Vital statistics of India. Vol. VI, European troops 1870-79
Year: 1870
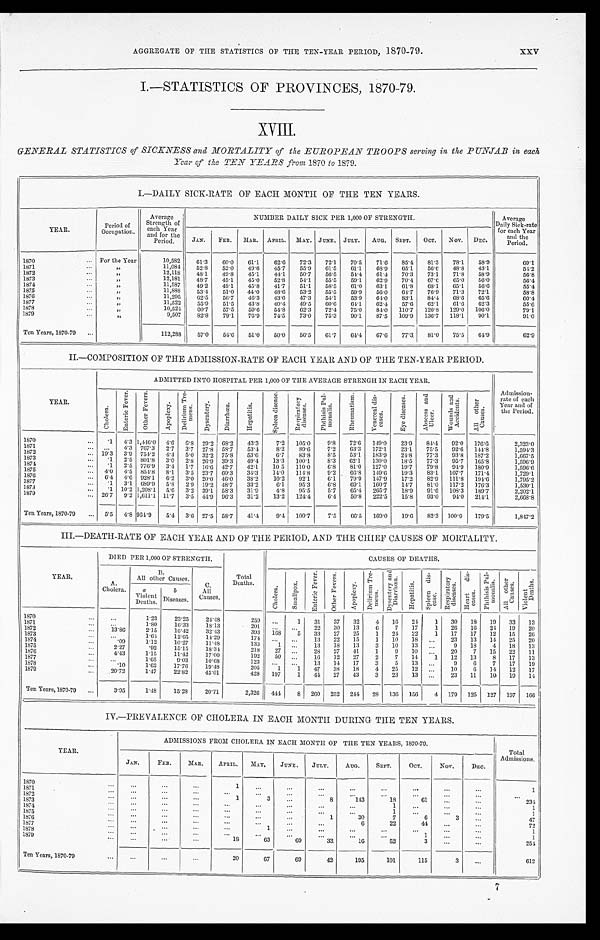
AGGREGATE OF THE STATISTICS OF THE TEN-YEAR PERIOD, 1870-79.
XXV
I.—STATISTICS OF PROVINCES, 1870-79.
X V I I I .
GENERAL STATISTICS of SICKNESS and MORTALITY of the EUROPEAN TROOPS serving in the PUNJAB in each
Y e a r o f t h e T E N Y E A R S f r o m1
8 7 0
t o
1 8 7 9 .
I.—DAILY SICK-RATE OF EACH MONTH OF THE TEN YEARS.
YEAR.
Period of
Occupation.
Average
Strength of
each Year
and for the
Period.
NUMBER DAILY SICK PER 1,000 OF STRENGTH.
Average
Daily Sick-rate
for each Year
a n d t h e
Period.
JAN. FEB. MAR. APRIL. MAY. JUNE. JULY. AUG. SEPT. OCT. NOV.
DEC.
1870
For the Year
10, 582
61.3 60. 0
61.1 62.6 72. 3
72. 1
70.5 71. 6
85. 4
81.3 78. 1
5 8 . 9
69.1
1871
, ,
11,084
52. 8
52. 0
49.6 45.7 55.9 61.5 61.1 68.9 65.1 56. 6
48. 8
43.1
5 4 . 2
1872
, ,
12,118 48.1 49. 8
45.1 44.1 50.7 5 6 . 5
5 4 . 4
61.4 70. 3
73.1 71.8 58.9
56. 8
1873
, ,
12,181 48. 7
45.1 45.0 52. 8
54.1 55.5 59.1 62. 9
70. 4
67. 6
65. 0
56.0
5 6 . 4
1874
, ,
11,587 49.2 48. 1
45.8 41.7 51.1 58.5 61.0 63.1 61.8 68.1 65.1 56. 6
55. 4
1875
, ,
11,888 53.4 51.0 44.0 48. 6
53.2 55.5 59. 9
56.0 64.7 76. 9
71.3 72.1
58. 8
1876
, ,
11,295 62. 5
56. 7
46. 3
43.6 47.3 54.1 53. 9
6 4 . 0
83.1 8 4 . 4
68. 6
65. 6
60. 4
1877
, ,
11,522 55. 9
51.5 43.8 40. 4
49.5 60. 6
64.1 62. 4
57.6 62.1 61.6 6 2 . 3
55. 6
1878
, ,
10,524 60. 7
57.5 59.6 54.8 62. 3
72. 4
75. 0
84.0 110.7 120.8 129. 0 106. 0
79.1
1879
, ,
9,507 82. 8
79.1 76. 9
74. 5
73. 0
75. 3
90.1 87.5 109. 9
136.7 118.1 90.1
91.0
Ten Years, 1870-79
112,288 57. 0
54. 6
51.0 50. 0
56.5 61. 7
6 4 . 4
67.6 77.3 81.0 75.5 6 4 . 9
62. 9
II.—COMPOSITION OF THE ADMISSION-RATE OF EACH YEAR AND OF THE TEN-YEAR PERIOD.
YEAR.
ADMITTED INTO HOSPITAL PER 1,000 OF THE AVERAGE STRENGH IN EACH YEAR.
A d m i s s i o n -
rate of each
Year and of
the Period.
C h o l e r a .
E n t e r i c F e v e r .
O t h e r F e v e r s .
A p o p l e x y .
D e l e r i u m T r e -
m e n s .
D y s e n t e r y . D i a r r h œ a .
H e p a t i t i s .
S p l e e n d i s e a s e . R e s p i r a t o r y
d i s e a s e s .
P h t h i s i s P u l -
m o n a l i s .
R h e u m a t i s m . V e n e r e a l d i s -
e a s e s .
E y e d i s e a s e s . A b s c e s s a n d
U l c e r .
W o u n d s a n d
A c c i d e n t s .
A l l o t h e r
C a u s e s .
1870
.1 4. 3 1, 446. 0
4. 6 6.8 2 9 . 2 68.2 43. 3
7.2 105.0 9. 8
72. 6 149. 0
23. 9
84. 4 92. 0 176. 6
2,323.0
1871
4. 3 7 6 7 . 3
2. 7 3.7 2 7 . 8 58.7 53. 4
8.2 89. 6
7.2
6 3 . 3 172.1 23.1 75.5 92.6 144. 8
1,594.3
1872
19.3 3.9 754.2 4. 4 5. 0 32.2 75.8 53. 6
6.7 83.8 8.5 53.1 183.9 2 4 . 8
77.3 93.8 187.2
1, 667. 5
1873
.1 2.5 801.8 3.0 2. 8
2 6 . 9 39.3 49. 4
13.3 100.1
8. 3
62.1 130.0 18.5 77.3 95.7 165.8
1, 596. 9
1874
.1 2.5 776. 9 3. 4 1.7 16.6 4 2 . 7
42. 1
10.5 110. 0
6. 8
81.0 127.0 19.7 79.8 94.9 180. 9
1,596.6
1875
4. 0 4. 5 854. 8
8.1 3.5 23.7 6 0 . 3
34. 3
14.0 114. 8
9.2 66.8 149. 6
19.3 83.1 107. 7 171. 4
1,729.1
1876
6. 4 4. 6 9 2 8 . 1
6. 2 3. 0 20. 0 46. 0
38. 2
10.2 92. 1
6.1 79.9 147.9 17.2 82. 9 111.8 194.6
1,795.2
1877
.1 3.1 689.9 5.8 2. 9 19.2 48. 7
33.2
6. 1
95.3
6. 8
6 9 . 1
1 6 0 . 7
14.7 81.0 117.2 176. 3
1,530.1
1878
.1 10.2 1,208.1 5. 6 3. 2 39.1 58. 3
31.9
4.8 95.5
5.7
6 5 . 4 265.7 18.9 91.6 108. 3 189. 7
2,202.1
1879
26.7 9. 2 1 , 6 1 1 . 1
11.7 3.5 4 4 . 9 96. 3
31.2 13.2 124. 4
6. 4
50. 8 222.5 15. 8
93.0 94. 0 214. 1
2, 668. 8
Ten Years, 1870-79
5. 5 4. 8 964.9 5.4 3.6 27.5 58. 7
41. 4
9. 4 100.7
7.5
6 6 . 5 169.0 19.6 82. 3 100.9 179. 5
1, 847. 2
III.—DEATH-RATE OF EACH YEAR AND OF THE PERIOD, AND THE CHIEF CAUSES OF MORTALITY.
YEAR.
DIED PER 1,000 OF STRENGTH.
Total
Deaths.
CAUSES OF DEATHS.
A.
Cholera.
B . All other Causes.
C .
All
Causes.
C h o l e r a .
S m a l l p o x .
E n t e r i c F e v e r .
O t h e r F e v e r s .
A p o p l e x y .
D e l i r i u m T r e -
m e n s .
D y s e n t e r y a n d
D i a r r h œ a .
H e p a t i t i s . S p l e e n d i s -
e a s e .
R e s p i r a t o r y
d i s e a s e s .
H e a r t d i s -
e a s e s .
P h t h i s i s P u l -
m o n a l i s .
A l l o t h e r
C a u s e s .
V i o l e n t
D e a t h s .
a
Violent
Deaths.
b
Diseases.
1870
1.23
23.25 2 4 . 4 8
259
1
3 1
3 7 32 4 16 24
1 30 18 19 33 13
1871
1.80
16. 33
18.13
201
22 30 13 6
7 17 1 26 16 24 19 20
1872
13. 86
2.15
16. 42
32.43
393 1 6 8
5 33 27 25 1 24 22 1 17 17 12 15 2 6
1873
1. 64
12. 65
14.29
174
1 3 22 15 1 10 18
23 13 14 25 20
1874
.09
1.12 10.27 11.48
133 1
13 18 13 3 10 13
9 18 4 18 13
1875
2 . 2 7
.92
15.15 18. 34
218 2 7
2 8
2 7
4 1
1 9 10
20 7 15 22 11
1876
4 . 4 3
1.15
11.42 17.00
192
50
1 6 12 27 2 7
1 4 1 12 13 8 17 13
1877
1.05
9 . 0 3
10.68
123
13 14 17 3 5 13
9 6 7 17 19
1878
.10
1.62 17.76 19. 48
205
1 1
4 7
3 8
18 4 25 12
10 6 14 12 17
1879
20.72
1.47
22. 82
45. 01
428 197 1 44 27 43 3 23 13
23 11 10 19 14
Ten Years, 1870-79
3 . 9 5
1.48 15.28 20.71
2,326 4 4 4
8 260 252 2 4 4
28 136 156 4 179 125 127 197 166
IV.—PREVALENCE OF CHOLERA IN EACH MONTH DURING THE TEN YEARS.
YEAR.
ADMISSIONS FROM CHOLERA IN EACH MONTH OF THE TEN YEARS, 1870-79.
Total
Admissions.
JAN.
FEB. MAR.
APRIL. MAY.
JUNE. JULY. AUG.
SEPT.
OCT.
NOV.
DEC.
1870
1
1
1
1871 1872
1
3
8
1 4 3
18
61
2 3 4
1873
1
1
1874
1
1
1875
1
30
7
6
3
4 7
1876
6
22
44
7 2
1877
1
1
1878
1
1
1879
1 8
63 69
33
16
52
3
254
Ten Years, 1870-79
20
67
69
42
195
101
115
3
612